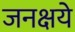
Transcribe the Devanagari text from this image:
जनक्षये